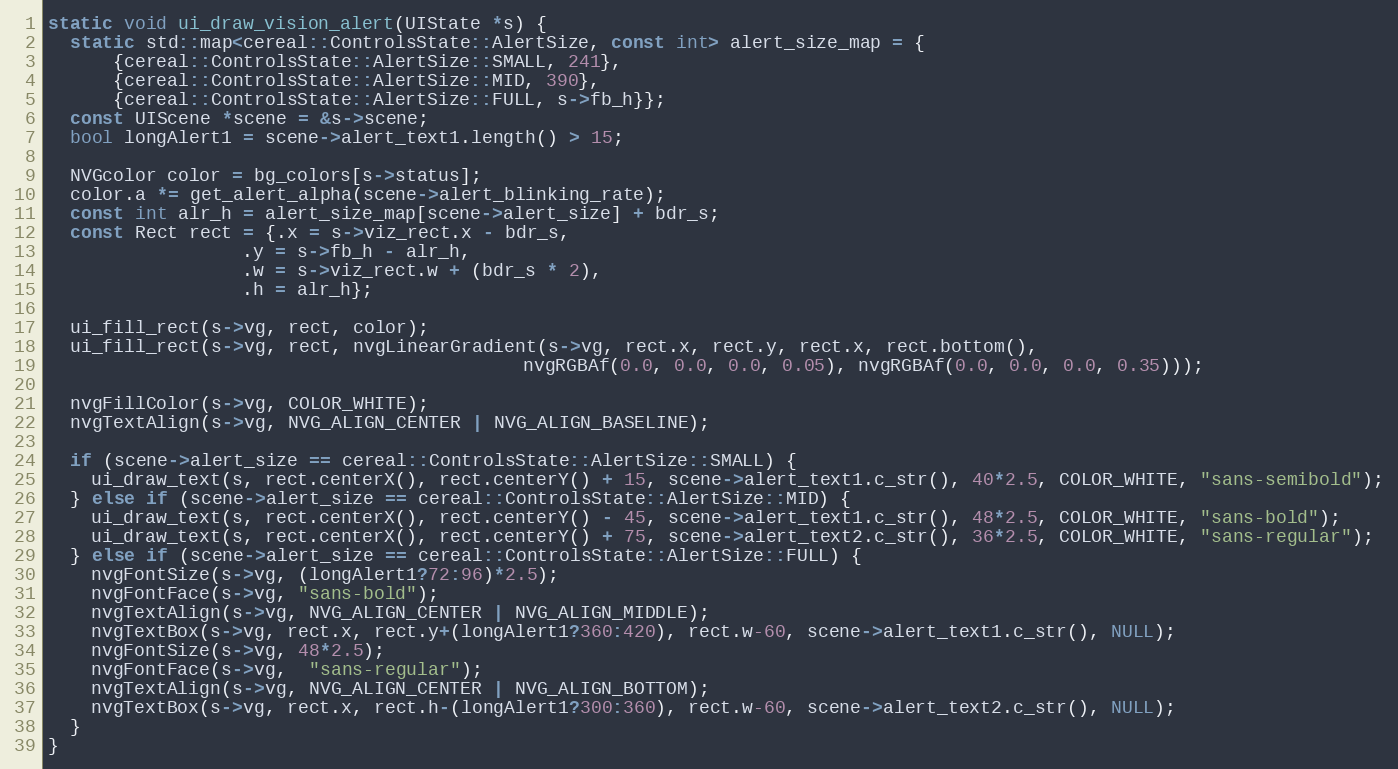
Language: C++
static void ui_draw_vision_alert(UIState *s) {
  static std::map<cereal::ControlsState::AlertSize, const int> alert_size_map = {
      {cereal::ControlsState::AlertSize::SMALL, 241},
      {cereal::ControlsState::AlertSize::MID, 390},
      {cereal::ControlsState::AlertSize::FULL, s->fb_h}};
  const UIScene *scene = &s->scene;
  bool longAlert1 = scene->alert_text1.length() > 15;

  NVGcolor color = bg_colors[s->status];
  color.a *= get_alert_alpha(scene->alert_blinking_rate);
  const int alr_h = alert_size_map[scene->alert_size] + bdr_s;
  const Rect rect = {.x = s->viz_rect.x - bdr_s,
                  .y = s->fb_h - alr_h,
                  .w = s->viz_rect.w + (bdr_s * 2),
                  .h = alr_h};

  ui_fill_rect(s->vg, rect, color);
  ui_fill_rect(s->vg, rect, nvgLinearGradient(s->vg, rect.x, rect.y, rect.x, rect.bottom(),
                                            nvgRGBAf(0.0, 0.0, 0.0, 0.05), nvgRGBAf(0.0, 0.0, 0.0, 0.35)));

  nvgFillColor(s->vg, COLOR_WHITE);
  nvgTextAlign(s->vg, NVG_ALIGN_CENTER | NVG_ALIGN_BASELINE);

  if (scene->alert_size == cereal::ControlsState::AlertSize::SMALL) {
    ui_draw_text(s, rect.centerX(), rect.centerY() + 15, scene->alert_text1.c_str(), 40*2.5, COLOR_WHITE, "sans-semibold");
  } else if (scene->alert_size == cereal::ControlsState::AlertSize::MID) {
    ui_draw_text(s, rect.centerX(), rect.centerY() - 45, scene->alert_text1.c_str(), 48*2.5, COLOR_WHITE, "sans-bold");
    ui_draw_text(s, rect.centerX(), rect.centerY() + 75, scene->alert_text2.c_str(), 36*2.5, COLOR_WHITE, "sans-regular");
  } else if (scene->alert_size == cereal::ControlsState::AlertSize::FULL) {
    nvgFontSize(s->vg, (longAlert1?72:96)*2.5);
    nvgFontFace(s->vg, "sans-bold");
    nvgTextAlign(s->vg, NVG_ALIGN_CENTER | NVG_ALIGN_MIDDLE);
    nvgTextBox(s->vg, rect.x, rect.y+(longAlert1?360:420), rect.w-60, scene->alert_text1.c_str(), NULL);
    nvgFontSize(s->vg, 48*2.5);
    nvgFontFace(s->vg,  "sans-regular");
    nvgTextAlign(s->vg, NVG_ALIGN_CENTER | NVG_ALIGN_BOTTOM);
    nvgTextBox(s->vg, rect.x, rect.h-(longAlert1?300:360), rect.w-60, scene->alert_text2.c_str(), NULL);
  }
}